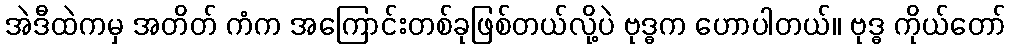
အဲဒီထဲကမှ အတိတ် ကံက အကြောင်းတစ်ခုဖြစ်တယ်လို့ပဲ ဗုဒ္ဓက ဟောပါတယ်။ ဗုဒ္ဓ ကိုယ်တော်